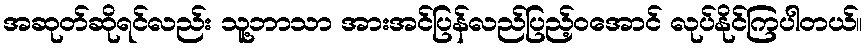
အဆုတ်ဆိုရင်လည်း သူ့ဘာသာ အားအင်ပြန်လည်ပြည့်ဝအောင် လုပ်နိုင်ကြပါတယ်။